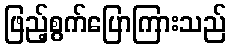
ဖြည့်စွက်ပြောကြားသည်